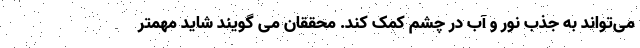
می‌تواند به جذب نور و آب در چشم کمک کند. محققان می گویند شاید مهمتر